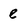
Character: e